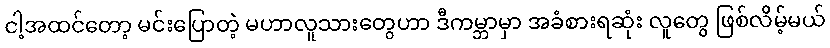
ငါ့အထင်တော့ မင်းပြောတဲ့ မဟာလူသားတွေဟာ ဒီကမ္ဘာမှာ အခံစားရဆုံး လူတွေ ဖြစ်လိမ့်မယ်